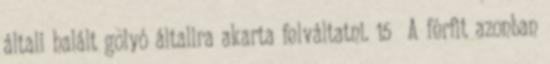
általi halált golyó általira akarta felváltatni. 15 A férfit azonban